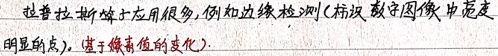
拉普拉斯算子应用很多，例如边缘检测（捕获数字图像中亮度明显的点，基于像素值的变化）。